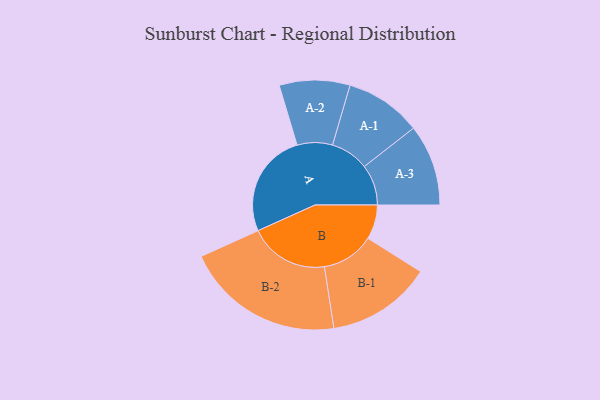
{"axis": {"x": "Segment", "y": "Value"}, "legend": ["", "A", "B"], "data": [{"x": "A", "y": 388, "type": ""}, {"x": "B", "y": 128, "type": ""}, {"x": "A-1", "y": 142, "type": "A"}, {"x": "A-2", "y": 131, "type": "A"}, {"x": "A-3", "y": 151, "type": "A"}, {"x": "B-1", "y": 195, "type": "B"}, {"x": "B-2", "y": 296, "type": "B"}]}